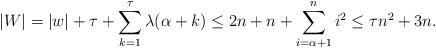
LaTeX: \begin{align*} |W| = |w| + \tau+\sum_{k=1}^\tau \lambda(\alpha + k) \le 2n + n+\sum_{i= \alpha +1}^n i^2 \le \tau n^2+3n.\end{align*}